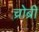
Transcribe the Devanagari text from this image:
च्रोब्री